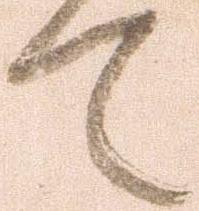
て